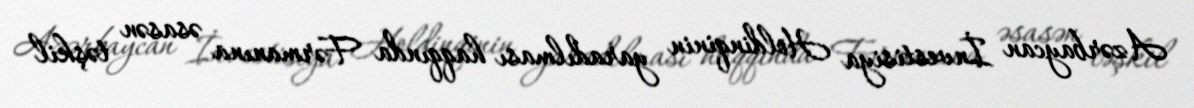
Azərbaycan İnvestisiya Holdinqinin yaradılması haqqında Fərmanına əsasən təşkil